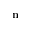
\mathbf { n }